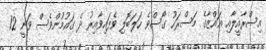
އިސްރާއީލާއި ޣައްޒާގެ މަސްރަހު ގޯސްވެ ހަލަބޮލި ވެފައިވާއިރު ދެ ގައުމުންވެސް ވަނީ 12